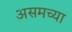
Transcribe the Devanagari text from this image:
असमच्या